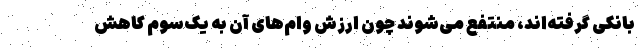
بانکی گرفته‌اند، منتفع می‌شوند چون ارزش وام‌های آن به یک‌سوم کاهش